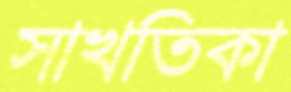
সাখতিকা